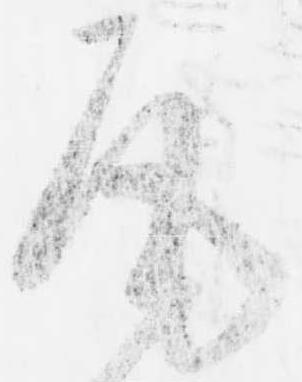
尾